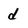
Character: d